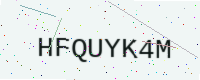
Text: HFQUYK4M